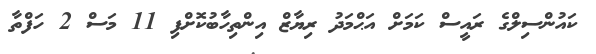
ކައުންސިލްގެ ރައީސް ކަމަށް އަޙްމަދު ރިޔާޒް އިންތިހާބުކޮށްފި 11 މަސް 2 ހަފްތާ